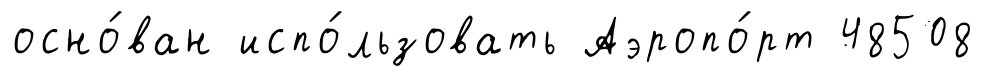
осно́ван испо́льзовать Аэропо́рт 48508